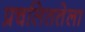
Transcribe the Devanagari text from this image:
प्रचलिततेला